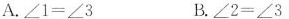
A.$$∠ 1 = ∠ 3$$ B.$$∠ 2 = ∠ 3$$